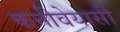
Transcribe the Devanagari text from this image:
कनीवेयासी